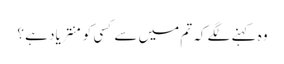
وہ کہنے لگے کہ تم میں سے کسی کو منتر یاد ہے ؟